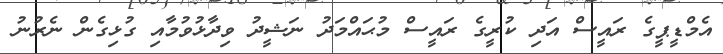
އެމްޑީޕީގެ ރައީސް އަދި ކުރީގެ ރައީސް މުޙައްމަދު ނަޝީދު ވިދާޅުވުމާއި ގުޅިގެން ނެރުނު